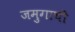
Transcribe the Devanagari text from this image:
जमुगाची